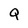
Character: Q